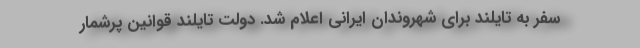
سفر به تایلند برای شهروندان ایرانی اعلام شد. دولت تایلند قوانین پرشمار